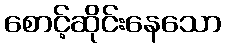
စောင့်ဆိုင်းနေသော